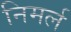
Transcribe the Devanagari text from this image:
निमर्ल